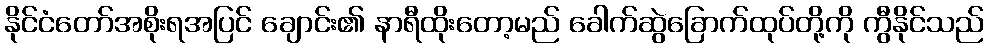
နိုင်ငံတော်အစိုးရအပြင် ချောင်း၏ နာရီထိုးတော့မည် ခေါက်ဆွဲခြောက်ထုပ်တို့ကို ကွီနိုင်သည်